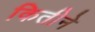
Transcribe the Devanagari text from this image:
कितीने